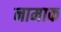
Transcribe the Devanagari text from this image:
नामाक